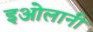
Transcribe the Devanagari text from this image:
इओलानी